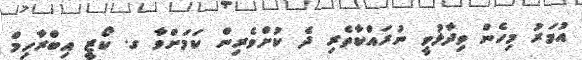
އުމަރު މިހެން ވިދާޅުވީ ނުރައްކާތެރި ދެ ކުށްވެރިން ކަމަށްވާ ގ. ކޯޒީ އިބްރާހިމް